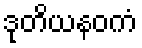
ဒုတိယနဝကံ